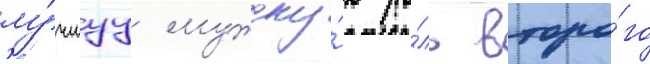
лу́чшуу мужску́ю ро́ль второ́го